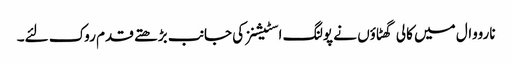
نارووال میں کالی گھٹاؤں نے پولنگ اسٹیشنز کی جانب بڑھتے قدم روک لئے۔